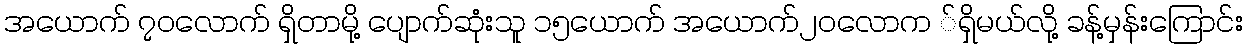
အယောက် ၇၀လောက် ရှိတာမို့ ပျောက်ဆုံးသူ ၁၅ယောက် အယောက်၂၀လောက ်ရှိမယ်လို့ ခန့်မှန်းကြောင်း